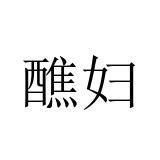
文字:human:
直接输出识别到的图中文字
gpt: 醮妇